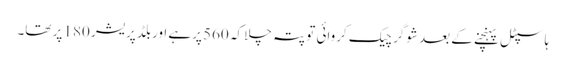
ہاسپٹل پہنچنے کے بعد شوگر چیک کروائی تو پتہ چلا کہ 560 پرہے اوربلڈ پریشر 180 پر تھا۔